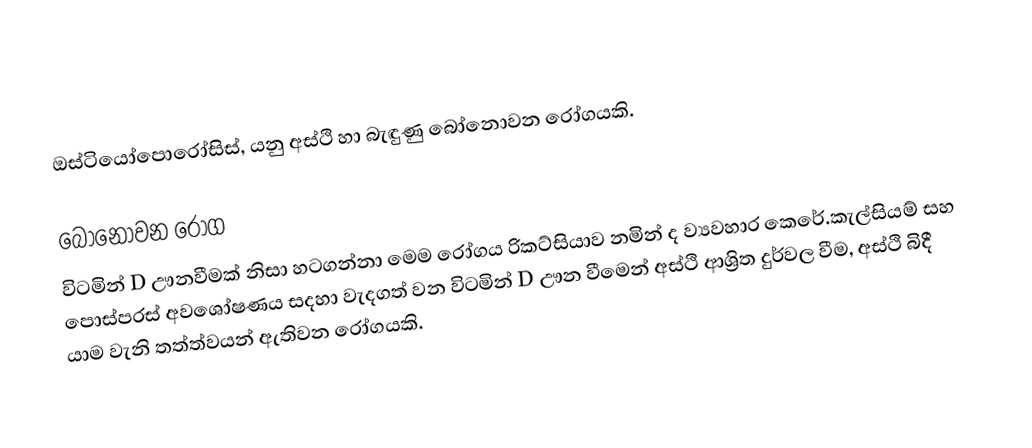
ඔස්ටියෝපොරෝසිස්, යනු අස්ථි හා බැඳුණු බෝනොවන රෝගයකි.

බෝනොවන රෝග
විටමින් D ඌනවීමක් නිසා හටගන්නා මෙම රෝගය රිකට්සියාව නමින් ද ව්‍යවහාර කෙරේ.කැල්සියම් සහ පොස්පරස් අවශෝෂණය සදහා වැදගත් වන විටමින් D ඌන වීමෙන් අස්ථි ආශ්‍රිත දුර්වල වීම, අස්ථි බිදී යාම වැනි තත්ත්වයන් ඇතිවන රෝගයකි.